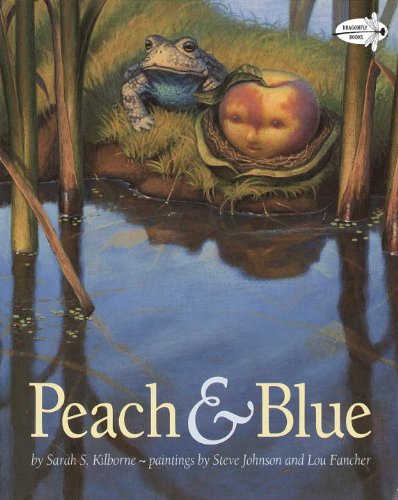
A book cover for Peach and Blue (Dragonfly Books); Children's Books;